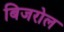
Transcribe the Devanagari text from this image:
बिजरोल